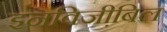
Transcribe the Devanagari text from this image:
इनविजी़बिल